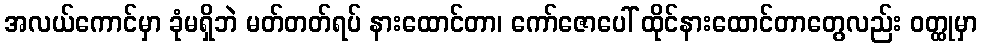
အလယ်ကောင်မှာ ခုံမရှိဘဲ မတ်တတ်ရပ် နားထောင်တာ၊ ကော်ဇောပေါ် ထိုင်နားထောင်တာတွေလည်း ဝတ္ထုမှာ